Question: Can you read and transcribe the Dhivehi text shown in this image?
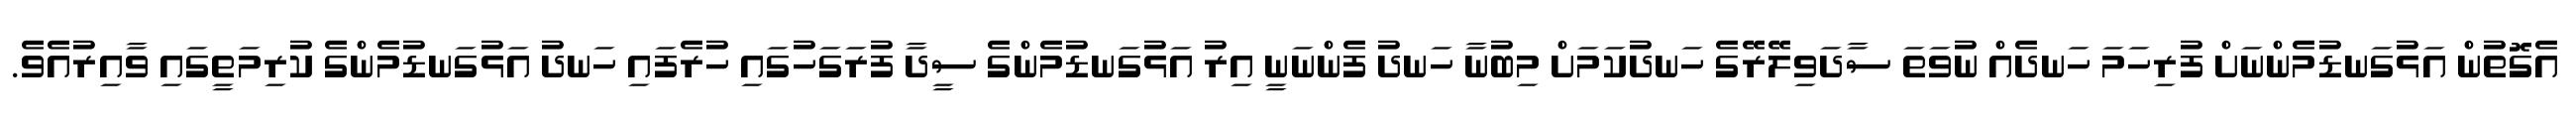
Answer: އެގޮތުން އަޅުގަނޑުމެންނަށް ފުރިހަމަ ހަނދެއް ނުވަތަ ސާދަވިލޭރޭގެ ހަނދުކަމަށް މިބުނާ ހަނދު ފެންނަނީ އިރު އަޅުގަނޑުމެންގެ ސީދާ ފުރަގަހުގައި ހުރެފައި ހަނދު އަޅުގަނޑުމެންގެ ކުރިމަތީގައި ވާއިރުއެވެ.